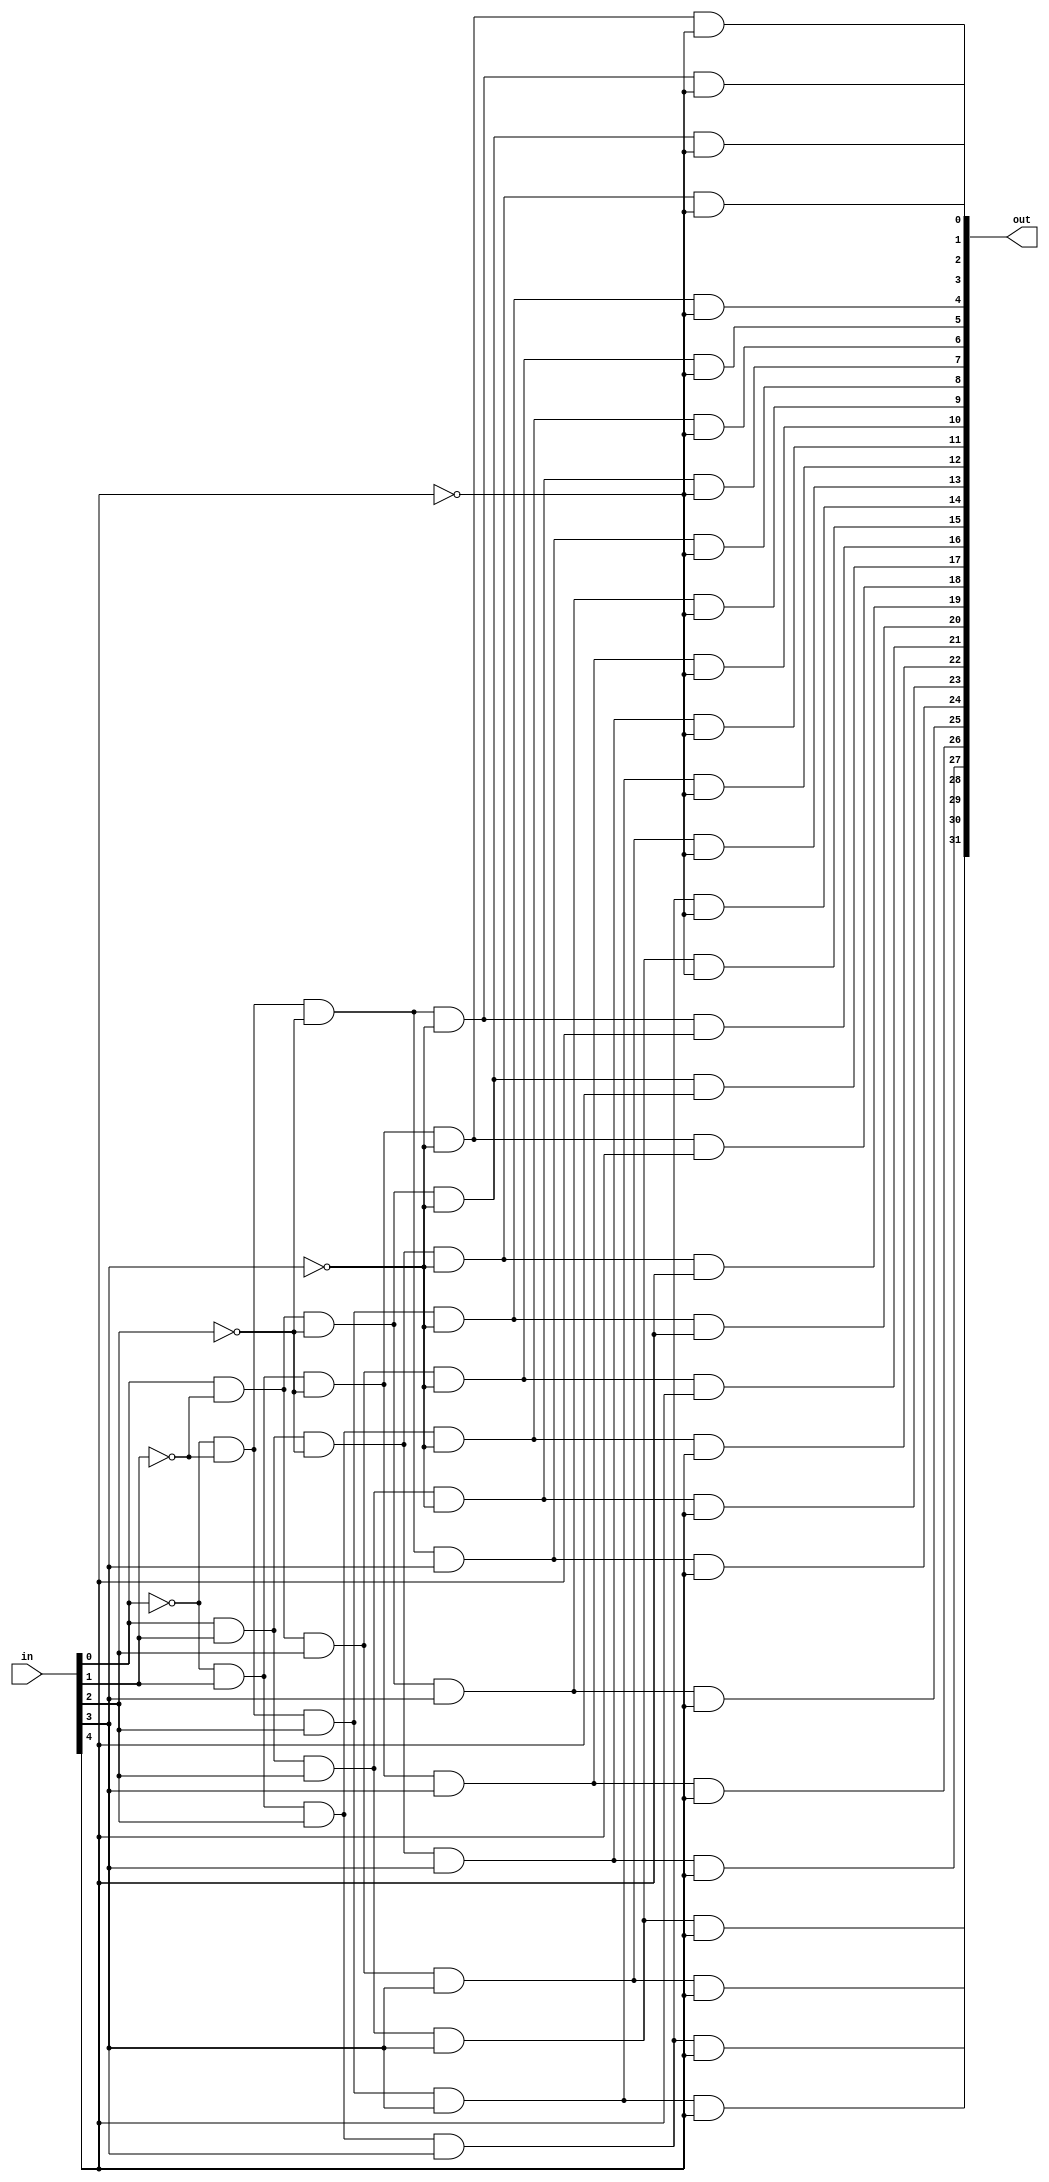
module decoder_5to32(in, out);


	input [4:0] in;
	output [31:0] out;

	generate
		genvar i;
		for (i = 0; i < 32; i = i + 1) begin : decoder_loop
			assign out[i] = (~(in[0] ^ i[0])) & (~(in[1] ^ i[1])) & (~(in[2] ^ i[2])) & (~(in[3] ^ i[3])) & (~(in[4] ^ i[4]));
		end
	endgenerate
	
endmodule